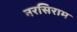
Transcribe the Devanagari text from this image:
नरसिराम